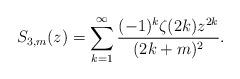
LaTeX: \begin{align*}S_{3,m}(z) = \sum_{k=1}^\infty \frac{(-1)^k \zeta(2k) z^{2k}}{(2k+m)^2}.\end{align*}